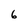
Character: 6